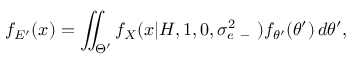
f _ { E ^ { \prime } } ( x ) = \iint _ { \Theta ^ { \prime } } f _ { X } ( x | H , 1 , 0 , \sigma _ { e \mathrm { ~ - ~ } } ^ { 2 } ) f _ { \theta ^ { \prime } } ( \theta ^ { \prime } ) \, d \theta ^ { \prime } ,